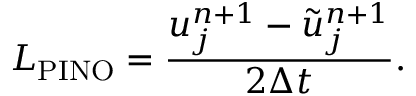
L _ { \mathrm { P I N O } } = \frac { u _ { j } ^ { n + 1 } - \tilde { u } _ { j } ^ { n + 1 } } { 2 \Delta t } .